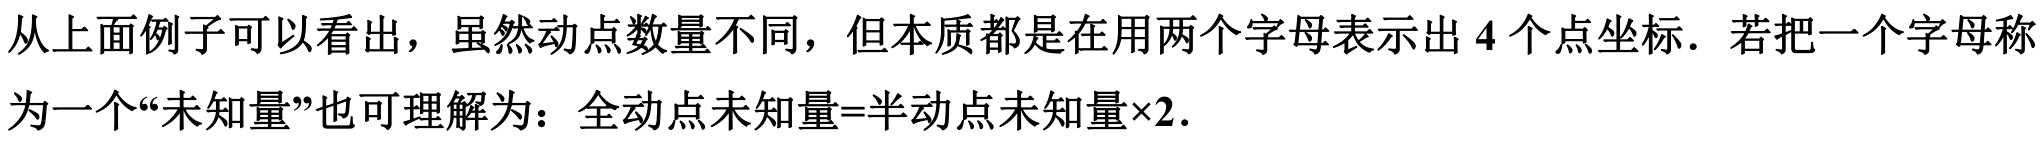
从上面例子可以看出，虽然动点数量不同，但本质都是在用两个字母表示出 \(4\) 个点坐标．若把一个字母称为一个“未知量”也可理解为：全动点未知量=半动点未知量×2．